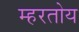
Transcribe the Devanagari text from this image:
म्हरतोय